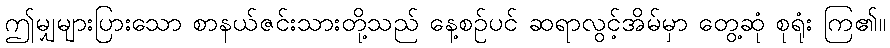
ဤမျှများပြားသော စာနယ်ဇင်းသားတို့သည် နေ့စဉ်ပင် ဆရာလွင့်အိမ်မှာ တွေ့ဆုံ စုရုံး ကြ၏။